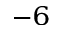
^ { - 6 }